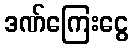
ဒဏ်ကြေးငွေ